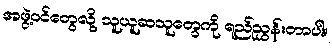
အဖွဲ့ဝင်တွေလို့ သူယူဆသူတွေကို ရည်ညွှန်းတာပါ။